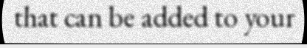
that can be added to your